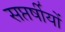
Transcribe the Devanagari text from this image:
सप्तर्षीयों